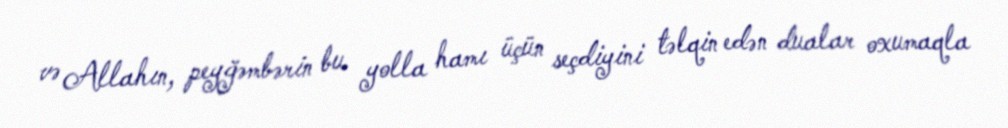
və Allahın, peyğəmbərin bu yolla hamı üçün seçdiyini təlqin edən dualar oxumaqla